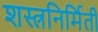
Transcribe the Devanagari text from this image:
शस्त्रनिर्मिती